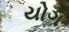
યોગ